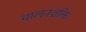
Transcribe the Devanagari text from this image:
चालनशक्ति